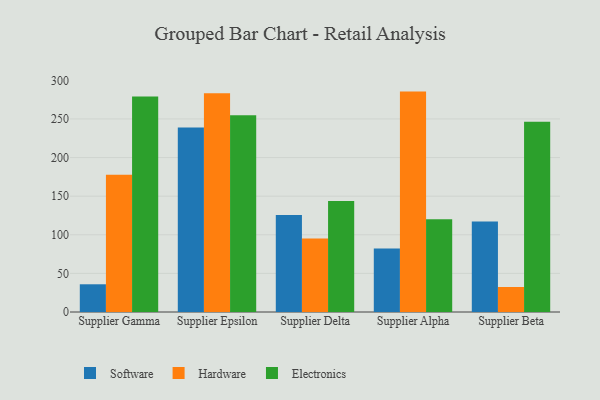
{"axis": {"x": "Supplier", "y": "Net Income (USD K)"}, "legend": ["Electronics", "Hardware", "Software"], "data": [{"x": "Supplier Gamma", "y": 35.9, "type": "Software"}, {"x": "Supplier Gamma", "y": 177.6, "type": "Hardware"}, {"x": "Supplier Gamma", "y": 279.0, "type": "Electronics"}, {"x": "Supplier Epsilon", "y": 239.0, "type": "Software"}, {"x": "Supplier Epsilon", "y": 283.3, "type": "Hardware"}, {"x": "Supplier Epsilon", "y": 254.8, "type": "Electronics"}, {"x": "Supplier Delta", "y": 125.5, "type": "Software"}, {"x": "Supplier Delta", "y": 95.2, "type": "Hardware"}, {"x": "Supplier Delta", "y": 143.8, "type": "Electronics"}, {"x": "Supplier Alpha", "y": 82.3, "type": "Software"}, {"x": "Supplier Alpha", "y": 285.4, "type": "Hardware"}, {"x": "Supplier Alpha", "y": 120.2, "type": "Electronics"}, {"x": "Supplier Beta", "y": 117.1, "type": "Software"}, {"x": "Supplier Beta", "y": 32.4, "type": "Hardware"}, {"x": "Supplier Beta", "y": 246.2, "type": "Electronics"}]}